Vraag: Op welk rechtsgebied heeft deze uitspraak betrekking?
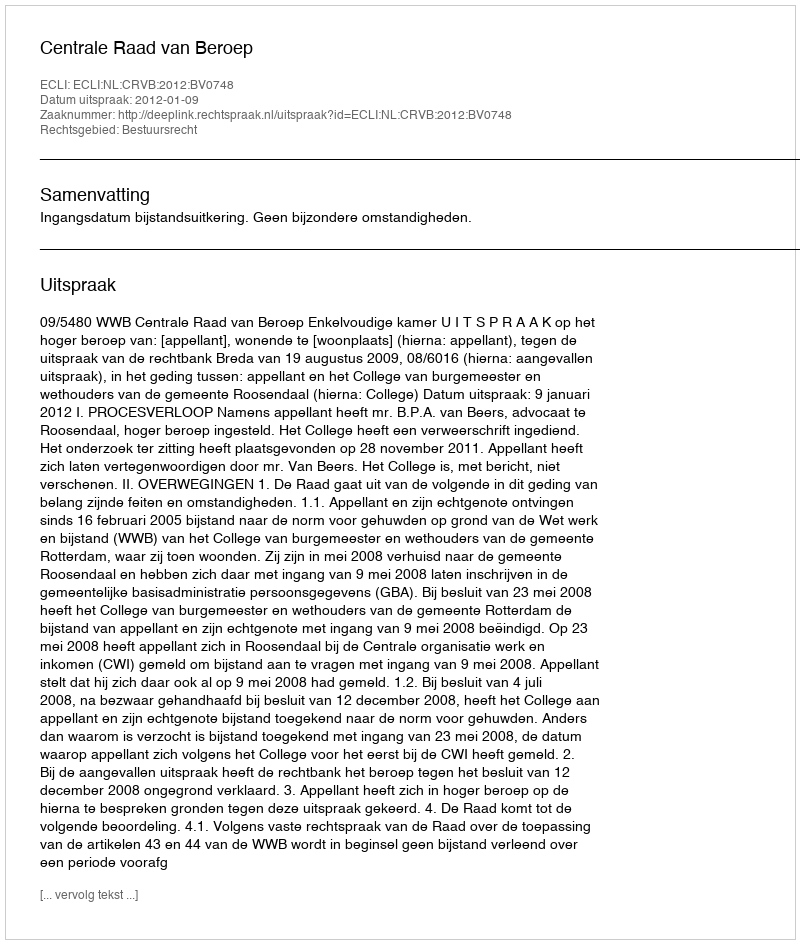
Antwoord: Bestuursrecht